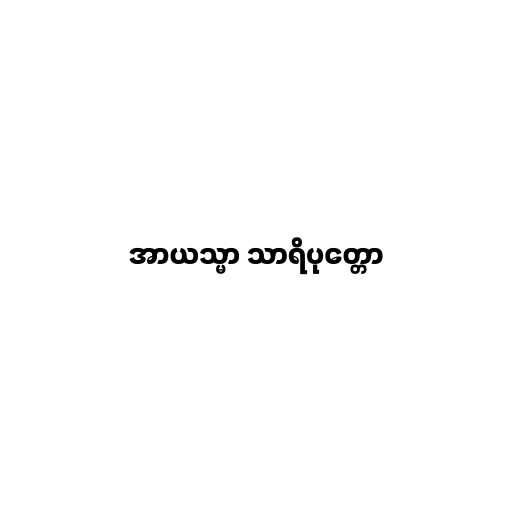
အာယသ္မာ သာရိပုတ္တော